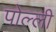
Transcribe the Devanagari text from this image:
पोल्ली